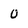
Character: U